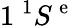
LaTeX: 1\ ^{1}S^{\mathrm{~e~}}